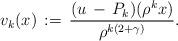
LaTeX: \begin{align*}v_k(x)\,:=\,\frac{(u\,-\,P_k)(\rho^kx)}{\rho^{k(2+\gamma)}}.\end{align*}